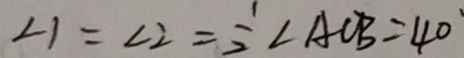
\angle 1 = \angle 2 = \frac { 1 } { 2 } \angle A O B = 4 0 ^ { \circ }